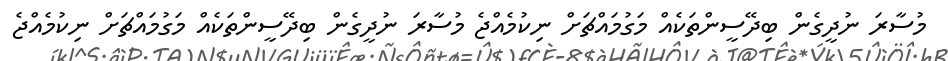
މުސާރަ ނުދީގެން ބިދޭސީންތަކެއް މަގުމައްޗަށް ނިކުމެއްޖެ މުސާރަ ނުދީގެން ބިދޭސީންތަކެއް މަގުމައްޗަށް ނިކުމެއްޖެ